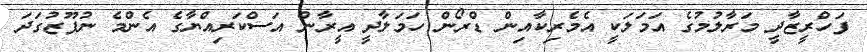
ފަހްރީޒާދީ މަރާލުމުގެ އަމަލަކީ އެމެރިކާއިން ޑްރޯން ހަމަލާދީ އީރާން އަސްކަރިއްޔާގެ އެންމެ ނުފޫޒުގަދަ